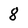
Character: 8